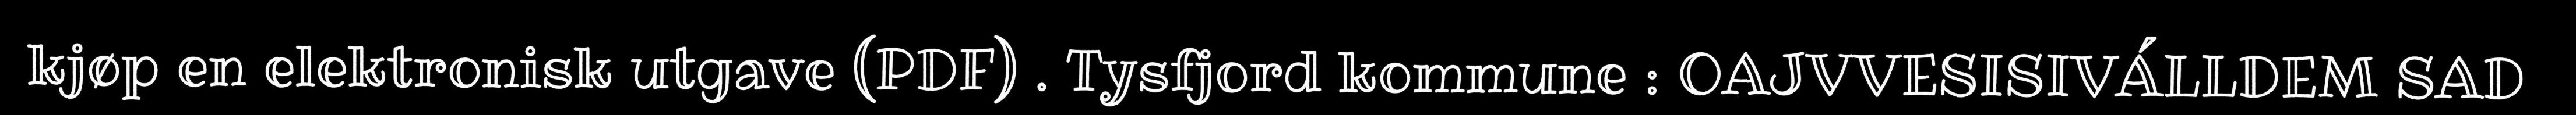
kjøp en elektronisk utgave (PDF) . Tysfjord kommune : OAJVVESISIVÁLLDEM SAD